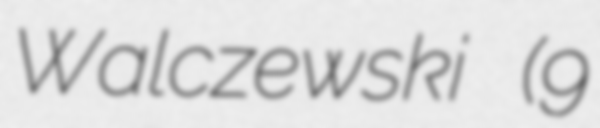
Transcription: Walczewski (9